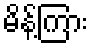
မိန့်ကြား